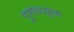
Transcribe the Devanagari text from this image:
गुणतायुक्त